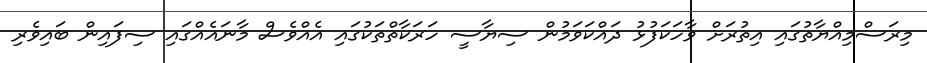
މިރަސްމިއްޔާތުގައި އިތުރަށް ވާހަކަފުޅު ދައްކަވަމުން ސިޔާސީ ހަރަކާތްތަކުގައި އެއްވެސް މާނައެއްގައި ސިފައިން ބައިވެރި